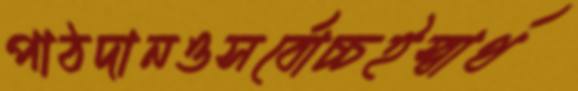
পাঠদানওসর্বোচ্চইস্বার্থ